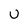
Character: U